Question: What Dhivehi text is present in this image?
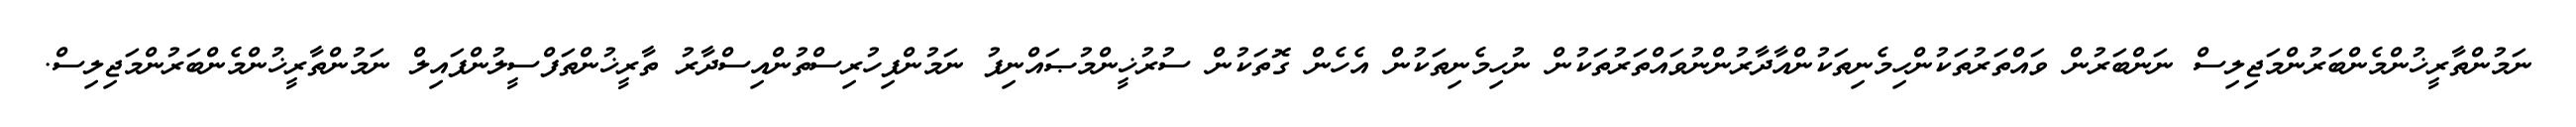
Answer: ނަމުންތާރީޚުންމެންބަރުންމަޖިލިސް ނަންބަރުން ވައްތަރުތަކުންހިމެނިތަކުންއާދާރުންނުވައްތަރުތަކުން ނުހިމެނިތަކުން އެހެން ގޮތަކުން ސުރުޚީންމުޞައްނިފު ނަމުންފިހުރިސްތުންއިސްދާރު ތާރީޚުންތަފްސީލުންފައިލް ނަމުންތާރީޚުންމެންބަރުންމަޖިލިސް.